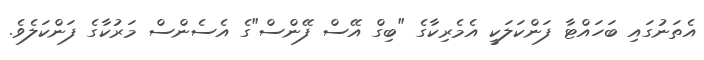
އެތަނުގައި ބަހައްޓާ ފަންކަލަކީ އެމެރިކާގެ "ބިގް އޭސް ފޭންސް"ގެ އެސެންސް މަރުކާގެ ފަންކަލެވެ.